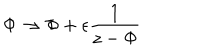
\nonumber \Phi \rightarrow \Phi + \epsilon { \frac { 1 } { z - \Phi } }